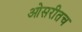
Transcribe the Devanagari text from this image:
ओसरीतच